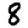
Digit: 8